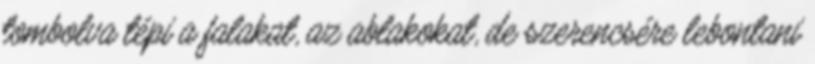
tombolva tépi a falakat, az ablakokat, de szerencsére lebontani